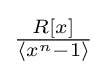
{\textstyle {\frac {R[x]}{\langle x^{n}-1\rangle }}}